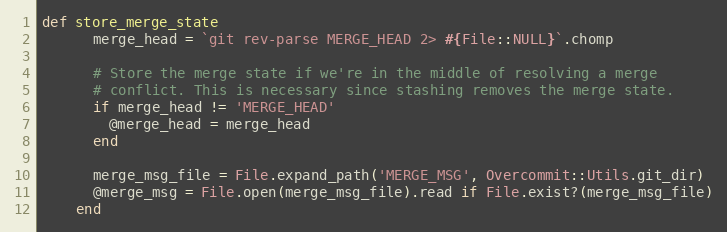
Language: Ruby
def store_merge_state
      merge_head = `git rev-parse MERGE_HEAD 2> #{File::NULL}`.chomp

      # Store the merge state if we're in the middle of resolving a merge
      # conflict. This is necessary since stashing removes the merge state.
      if merge_head != 'MERGE_HEAD'
        @merge_head = merge_head
      end

      merge_msg_file = File.expand_path('MERGE_MSG', Overcommit::Utils.git_dir)
      @merge_msg = File.open(merge_msg_file).read if File.exist?(merge_msg_file)
    end